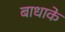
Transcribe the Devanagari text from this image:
बाधाके